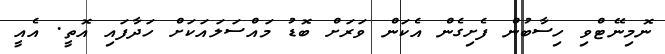
ނޮމިނޭޓްވި ހިސާބުން ފެށިގެން އެކަން ވަރަށް ބޮޑު މައްސަލައަކަށް ހަދާފައި އޮތީ. އެއީ